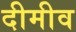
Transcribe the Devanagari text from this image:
दीमीव